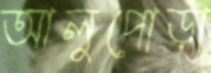
আলুপোড়া